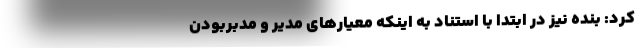
کرد: بنده نیز در ابتدا با استناد به اینکه معیار‌های مدیر و مدبر‌بودن